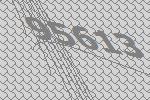
95613